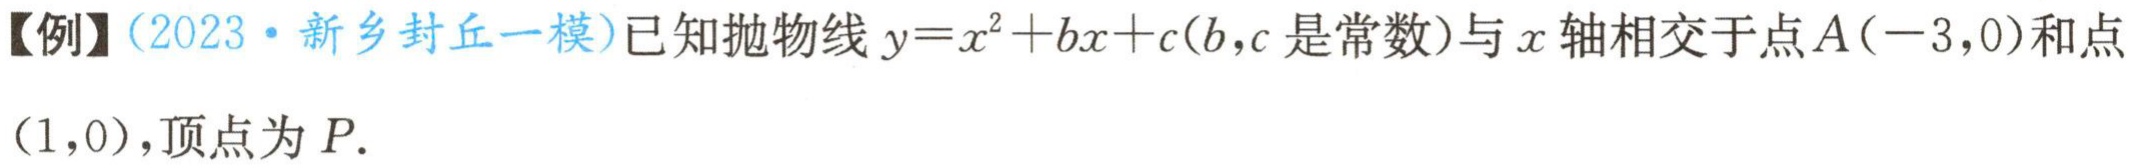
【例】(2023·新乡封丘一模)已知抛物线\(y = x^{2}+bx + c(b,c\)是常数)与\(x\)轴相交于点\(A(-3,0)\)和点\((1,0)\),顶点为\(P\).